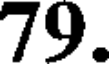
79.